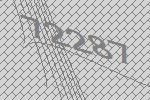
72287